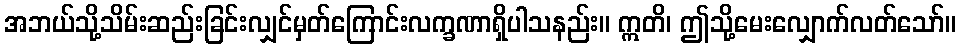
အဘယ်သို့သိမ်းဆည်းခြင်းလျှင်မှတ်ကြောင်းလက္ခဏာရှိပါသနည်း။ ဣတိ၊ ဤသို့မေးလျှောက်လတ်သော်။